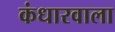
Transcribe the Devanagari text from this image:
कंधारवाला